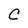
Character: C